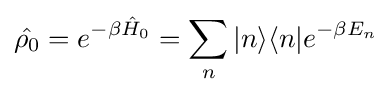
{\hat {\rho _{0}}}=e^{-\beta {\hat {H}}_{0}}=\sum _{n}|n\rangle \langle n|e^{-\beta E_{n}}